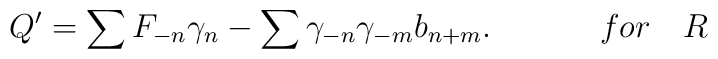
Q'=\sum F_{-n}\gamma_{n} -\sum\gamma_{-n}\gamma_{-m}b_{n+m}.~~~~~~~~~~ for~~~ R